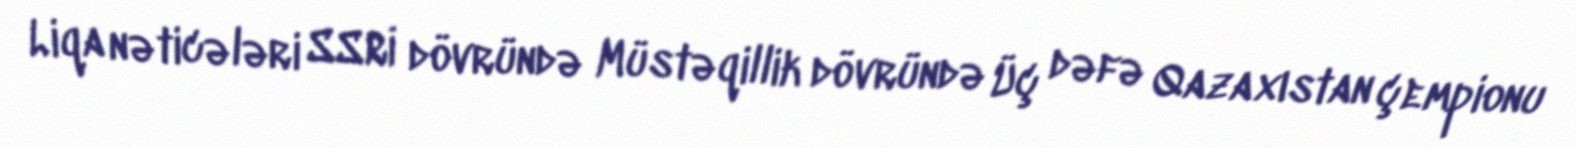
Liqa nəticələri SSRİ dövründə Müstəqillik dövründə Üç dəfə Qazaxıstan çempionu